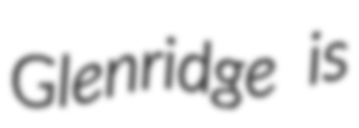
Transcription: Glenridge is